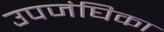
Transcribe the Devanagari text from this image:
उपजंघिका